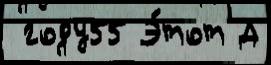
 году55 Э́тот Д